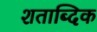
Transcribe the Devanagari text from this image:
शताब्दिक